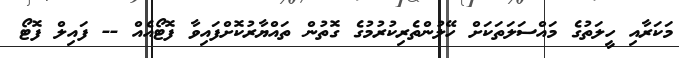
މަކަރާއި ހީލަތުގެ މައްސަލަތަކަށް ހޭލުންތެރިކުރުމުގެ ގޮތުން ތައްޔާރުކޮށްފައިވާ ފޮޓޯއެއް -- ފައިލް ފޮޓޯ